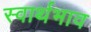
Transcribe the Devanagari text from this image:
स्वार्थभाव